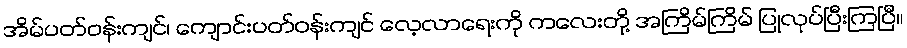
အိမ်ပတ်ဝန်းကျင်၊ ကျောင်းပတ်ဝန်းကျင် လေ့လာရေးကို ကလေးတို့ အကြိမ်ကြိမ် ပြုလုပ်ပြီးကြပြီ။